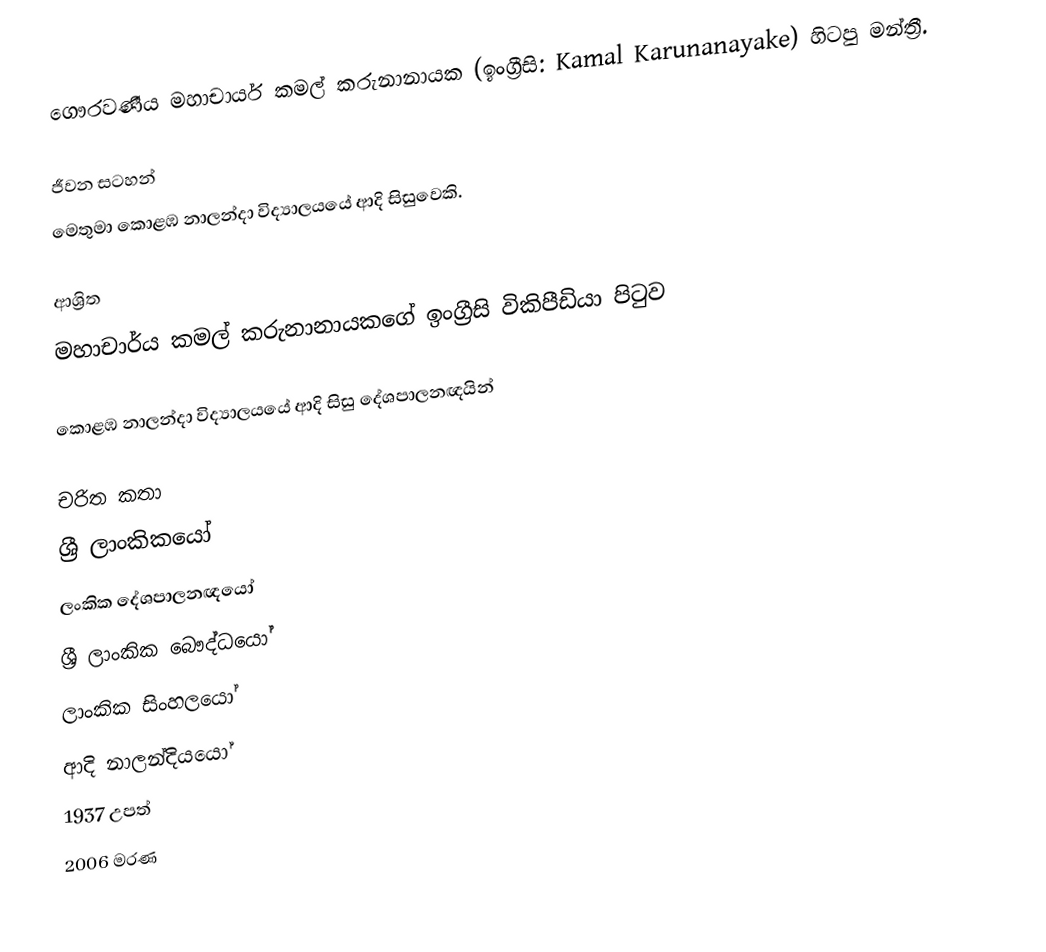
ගෞරවණීය මහාචාර්ය කමල් කරුනානායක (ඉංග්‍රීසි: Kamal Karunanayake) හිටපු මන්ත්‍රී.

ජීවන සටහන්
මෙතුමා  කොළඹ නාලන්දා විද්‍යාලයයේ ආදි සිසුවෙකි.

ආශ්‍රිත
මහාචාර්ය කමල් කරුනානායකගේ ඉංග්‍රීසි විකිපීඩියා පිටුව

කොළඹ නාලන්දා විද්‍යාලයයේ ආදි සිසු දේශපාලනඥයින්

චරිත කතා
ශ්‍රී ලාංකිකයෝ
ලංකික දේශපාලනඥයෝ
ශ්‍රී ලාංකික බෞද්ධයෝ
ලාංකික සිංහලයෝ
ආදි නාලන්දියයෝ
1937 උපත්
2006 මරණ